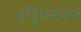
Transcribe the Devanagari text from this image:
वृद्धिशंकर